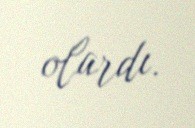
olardı.